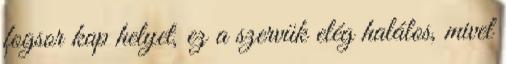
fogsor kap helyet, ez a szervük elég halálos, mivel